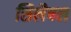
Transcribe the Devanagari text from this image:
सिलैबल